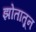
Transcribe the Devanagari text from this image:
झोतातून